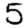
Digit: 5